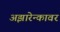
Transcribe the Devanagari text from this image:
अझारेन्कावर